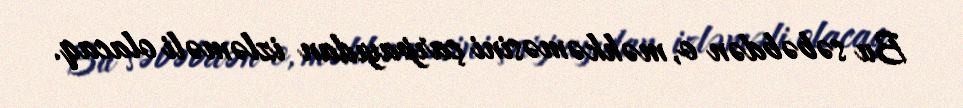
Bu səbəbdən o, məhkəməsini çarpayıdan izləməli olacaq.